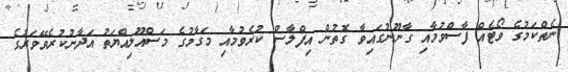
ނެތްކަމުގެ ވޯޓެއް ފާސްވުމާއި ގާނޫނުގައިވާ ގޮތުން އިފްލާސް ކުރެވުމާއި މަގާމުގެ މަސްއޫލިއްޔަތު އަދާނުކުރެވޭވަރުގެ